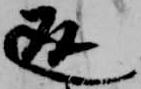
返